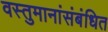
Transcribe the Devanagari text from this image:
वस्तुमानांसंबंधित